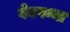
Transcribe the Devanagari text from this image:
वेबपन्ना